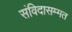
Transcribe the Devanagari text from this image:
संविदासम्मत